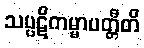
သပ္ပဋိကမ္မာပတ္တီတိ